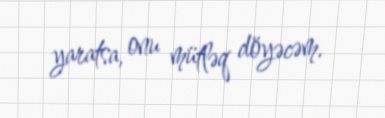
yaratsa, onu mütləq döyəcəm.